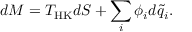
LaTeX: d M = T _ { \mathrm { H K } } d S + \sum _ { i } \phi _ { i } d \tilde { q } _ { i } .